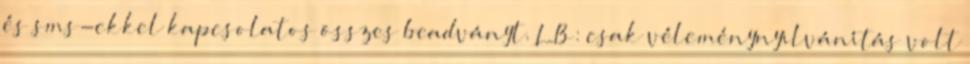
és sms-ekkel kapcsolatos összes beadványt. LB: csak véleménynyilvánítás volt